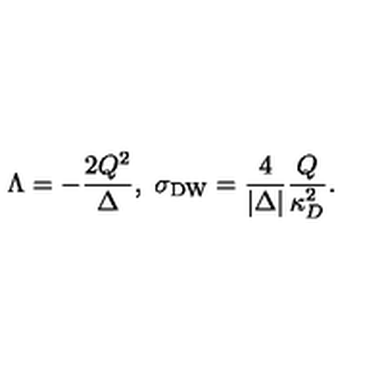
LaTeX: \Lambda = - { \frac { 2 Q ^ { 2 } } { \Delta } } , \ \sigma _ { \mathrm { D W } } = { \frac { 4 } { | \Delta | } } { \frac { Q } { \kappa _ { D } ^ { 2 } } } .